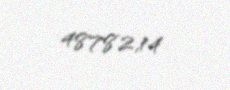
48782,14